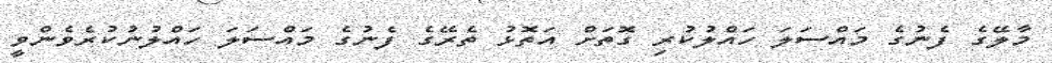
މާލޭގެ ފެނުގެ މައްސަލަ ހައްލުކުރި ގޮތަށް އަތޮޅު ތެރޭގެ ފެނުގެ މައްސަލަ ހައްލުނުކުރެވެންވީ